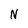
Character: N